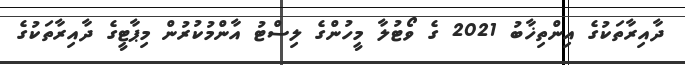
ދާއިރާތަކުގެ އިންތިޚާބު 2021 ގެ ވޯޓުލާ މީހުންގެ ލިސްޓު އާންމުކުރުން މިޕާޓީގެ ދާއިރާތަކުގެ